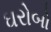
ઘરોબો